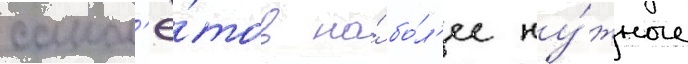
самол'ё́тов на́ бо́л'ее ну́жные